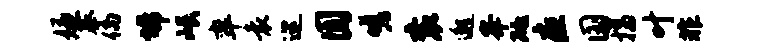
嫌摹倘埽岷率袁巡圆嗟衮邈峰砥疽国揣叶非